Trukikaitis_Postimees, lk 9
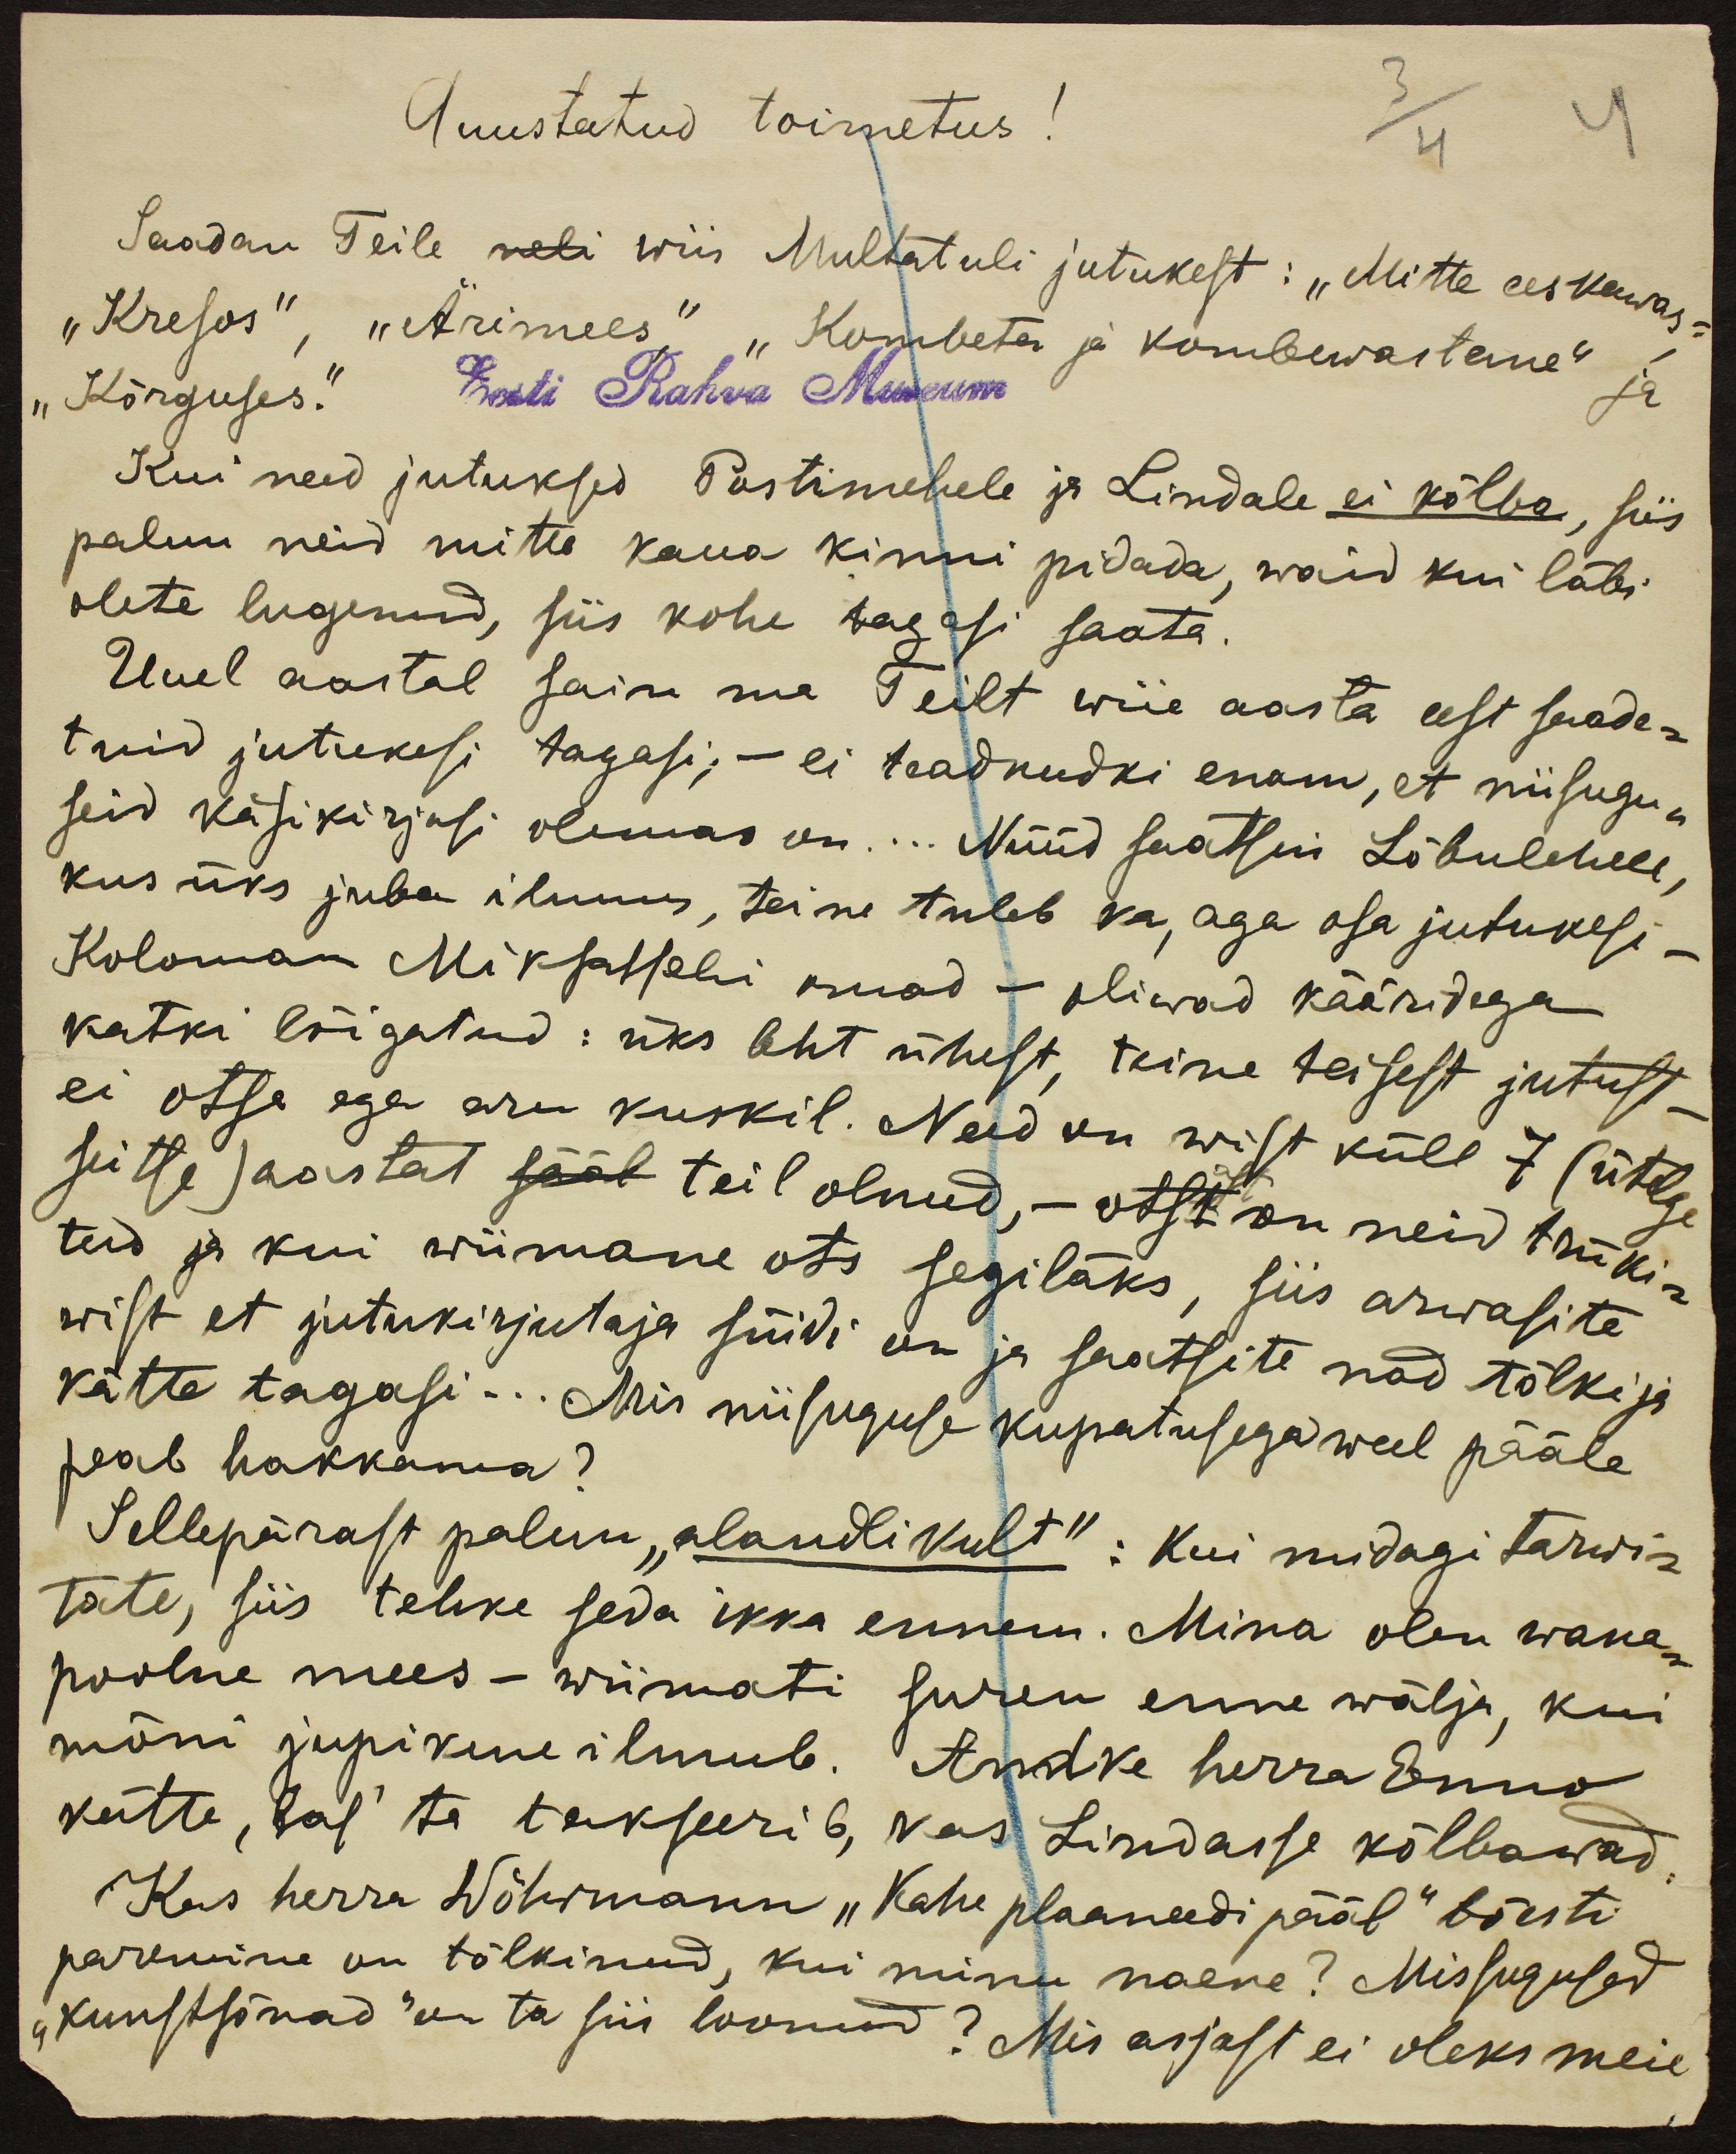
Auustatud toimetus!
Saadan Teile neli wiis Mullatuli jutukest: "Mitte eeskawas
"Kresos", "Ärimees," "Kombeta ja kombewastane"
"Kõrguses".
Eesti Rahva Museum
Kui need jutuksed Postimehele ja Lindale ei kõlba, siis
palun neid mitte kaua kinni pidada, waid kui läbi
olete lugenud, siis kohe tagasi saata.
Uuel aastal sain ma Teilt wiie aasta eest saade-
tuid jutukesi tagasi,- ei teadnudki enam, et niisugu-
seid käsikirjasi olemas on.... Nüüd saatsin Lõbulehele,
kus üks juba ilmus, teine tuleb ka, aga osa jutukesi-
Koloman Mikpitschi omad - oliwad kääridega
katki lõigatud: üks leht ühest, teine teisest jutust
ei otse ega aru kuskil. Neid on wist küll 7 (ütelge
seitse) aastat sääl teil olnud, - ots on neid trüki-
tud ja kui wiimane ots segiläks, siis arwasite
wist et jutukirjutaja süidi on ja saatsite nad tõlkija
kätte tagasi.... Mis niisuguse kupatusega weel pääle
peab hakkama?
Sellepärast palun "alandlikult": kui midagi tarwi-
tate, siis tehke seda ikka ennem. Mina olen wana-
poolne mees - wiimati suren enne wälja, kui
mõni jupikene ilmub. Andke herra Enno
kätte, las ta takseerib, kas Lindasse kõlbawad
Kus herra Wöhrmann "Kahe plaaneedi pääl" tõesti
paremine on tõlkinud, kui minu naene? Missugused
"kuustsõnad" on ta siis loonud? Mis asjast ei oleks meie